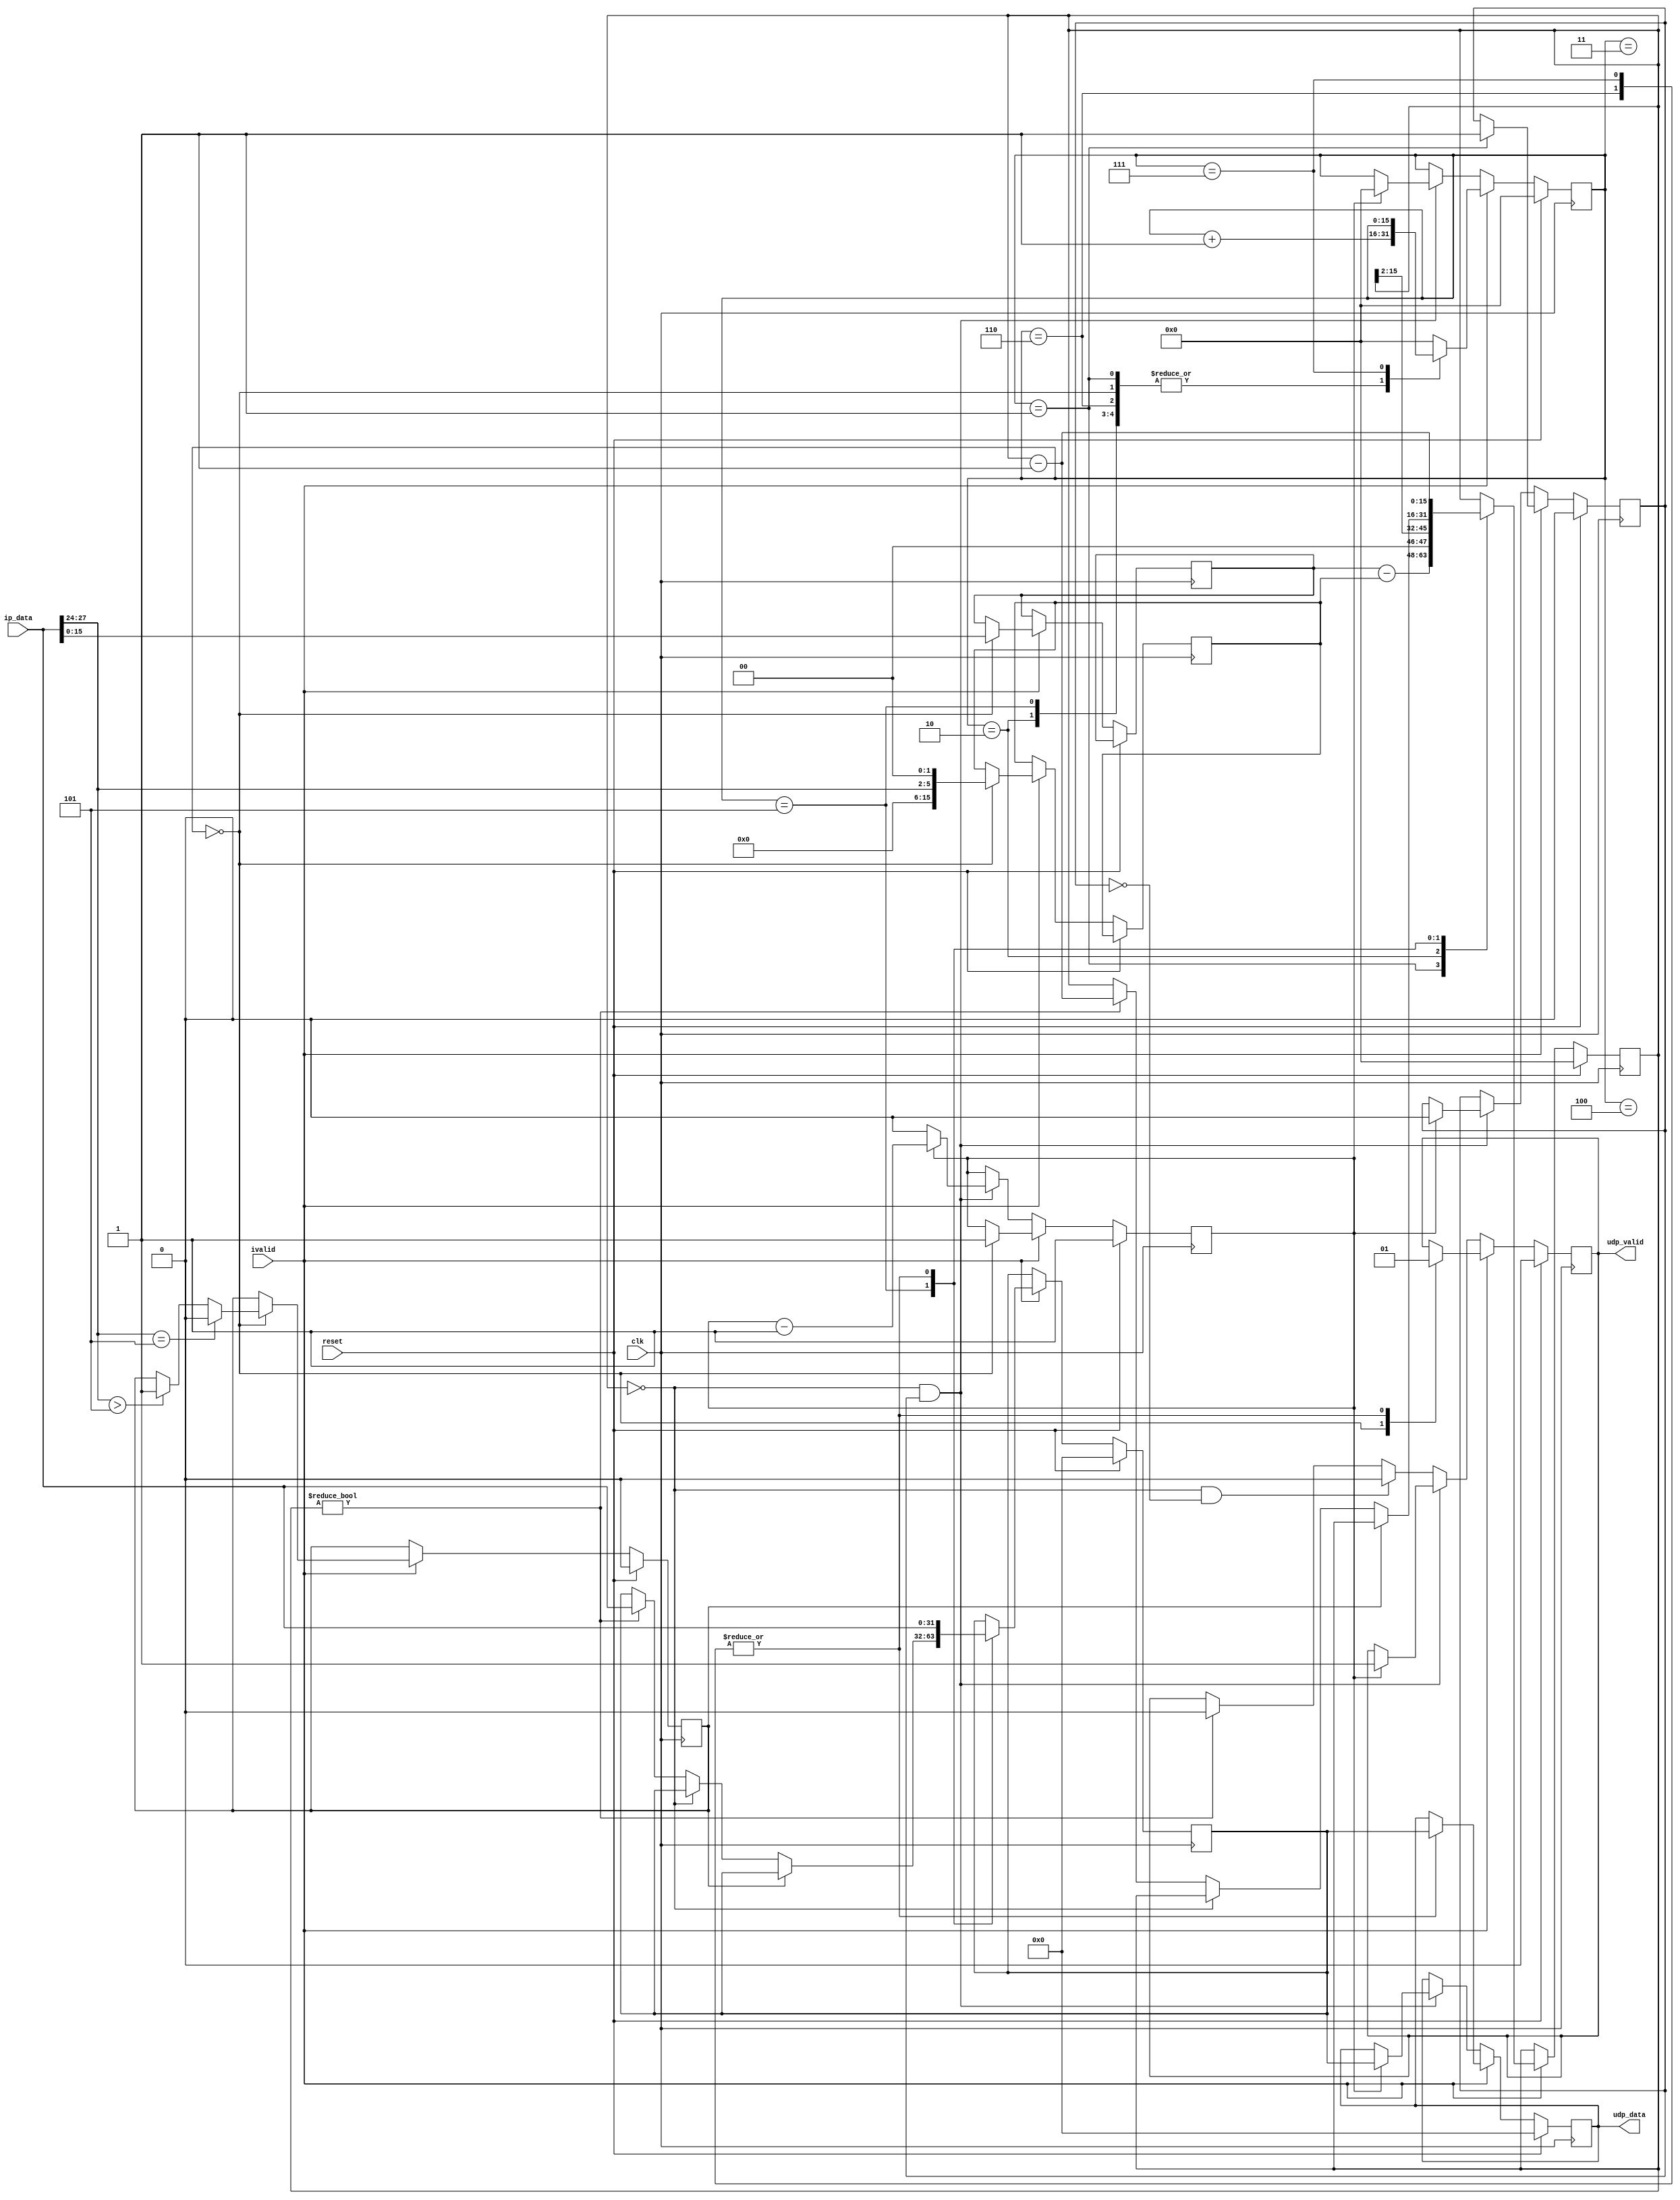

`define IP_ADDRR 32'hc0a80102
`define VERS 31:28
`define HLEN 27:24
`define TLEN 15:0

module IP_recv(
	input             clk,
	input             reset,
	input             ivalid,
	input [31:0]      ip_data,

	output reg        udp_valid,
	output reg [31:0] udp_data
);

reg [15:0] cnt;
reg [16:0] tmp_accum1, tmp_accum2, tmp_accum3;
reg [15:0] accum1, accum2, final_accum,checksum, head_length, full_length, data_length;
reg [31:0] ip_data_buffer;
reg	   options, bufcnt, start_data;
reg [7:0] proto;

always @(posedge clk) begin
	if (reset) begin
		cnt <= 16'b0;
		bufcnt <= 1'b1;
		udp_data <= 32'h0;
		udp_valid <= 1'b0;
		ip_data_buffer <= 32'h0;
		options <= 1'b0;
		data_length <= 16'h0;
		start_data <= 1'b0;
		proto <= 8'h0;
	end
	else if (ivalid) begin
		case (cnt) 
			0: begin
				udp_valid <= 1'b0;
				accum1 <= ip_data[15:0];
				accum2 <= ip_data[31:16];
				head_length <= ip_data[`HLEN] << 2;
				full_length <= ip_data[`TLEN];
				if (ip_data[`HLEN] == 4'd5) begin
					options <= 1'b0;
				end
				else if (ip_data[`HLEN] > 4'd5) begin
					options <= 1'b1;
				end
				cnt <= cnt + 16'b1;
				bufcnt <= 1'b1;
			end
			1: begin
				tmp_accum1 = (accum1 + ip_data[15:0]);
				accum1 <= tmp_accum1[15:0] + tmp_accum1[16];
				tmp_accum2 = (accum2 + ip_data[31:16]);
				accum2 <= tmp_accum2[15:0] + tmp_accum2[16];

				data_length <= full_length - head_length;
				cnt <= cnt + 16'b1;
				start_data <= 1'b1;
			end
			2: begin
				tmp_accum2 = (accum2 + ip_data[31:16]);
				accum2 <= tmp_accum2[15:0] + tmp_accum2[16];
				accum1 <= accum1;
				checksum <= ip_data[15:0];
				proto <= ip_data[23:16];

				data_length <= data_length >> 2;
				cnt <= cnt + 16'b1;
			end
			3: begin
				tmp_accum1 = (accum1 + ip_data[15:0]);
				accum1 <= tmp_accum1[15:0] + tmp_accum1[16];
				tmp_accum2 = (accum2 + ip_data[31:16]);
				accum2 <= tmp_accum2[15:0] + tmp_accum2[16];
				cnt <= cnt + 16'b1;
			end
			4: begin
				tmp_accum1 = (accum1 + ip_data[15:0]);
				accum1 <= tmp_accum1[15:0] + tmp_accum1[16];
				tmp_accum2 = (accum2 + ip_data[31:16]);
				accum2 <= tmp_accum2[15:0] + tmp_accum2[16];
				tmp_accum1 <= 17'h0;
				tmp_accum2 <= 17'h0;

				if (ip_data != `IP_ADDRR) begin
					//error
				end
				cnt <= cnt + 16'b1;
			end
			5: begin
				if (options == 1'b0) begin
					tmp_accum3 = accum1 + accum2;
					final_accum <= tmp_accum3[15:0] + tmp_accum3[16];
					if (data_length == 16'h0000) begin
						//stop
						$display("stop");
					end
					else if (data_length != 16'h0000) begin
						data_length <= data_length - 16'h0001;
						ip_data_buffer <= ip_data;
					end
				end
				else if (options == 1'b1) begin
					//something with options length here
					$display("OPTIONS WERE INCLUDED!");
				end
				cnt <= cnt + 16'b1;
			end
			6:  begin
				if (final_accum != ~checksum) begin
					//die
					$display("something messed up here: %h %h %h", final_accum, ~checksum, checksum);
				end
				udp_valid <= 1'b1;
				ip_data_buffer <= ip_data;
				udp_data <= ip_data_buffer;
				data_length <= data_length - 16'h0001;
				cnt <= cnt + 16'b1;
			end
			7:  begin
			$display("outputing: %h i have %d words left", ip_data_buffer, data_length);
				udp_valid <= 1'b1;
				ip_data_buffer <= ip_data;
				udp_data <= ip_data_buffer;
				data_length <= data_length - 16'h0001;
				//cnt <= cnt + 16'b1;
			end
			default: cnt <= 16'h0;
		endcase
	end
	else if (~ivalid) begin
		if ((data_length == 16'h0) && (start_data == 1'b1)) begin
			if (bufcnt != 1'b0) begin
				bufcnt <= bufcnt - 1'b1;
				udp_valid <= 1'b1;
				udp_data <= ip_data_buffer;
				cnt <= 16'b0;
				start_data <= 1'b0;
			end
			/*else if (bufcnt == 1'b0) begin
				udp_valid <= 1'b0;
				cnt <= 16'b0;
				start_data <= 1'b0;
			end*/
		end
		else if ((data_length == 16'h0) && (start_data == 1'b0)) begin
			udp_valid <= 1'b0;
		end
		else if (data_length != 16'h0) begin
			udp_valid <= 1'b0;
		end	
	end	
end

endmodule